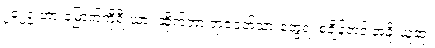
၂၀၂၅ ဟာ မြောက်ကိုရီးယား ဆိုက်ဘာ ရာဇဝတ်သားတွေရဲ့ စံချိန်တင် အခိုးယူဆုံး